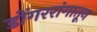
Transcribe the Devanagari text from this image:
डोंगररांगातून